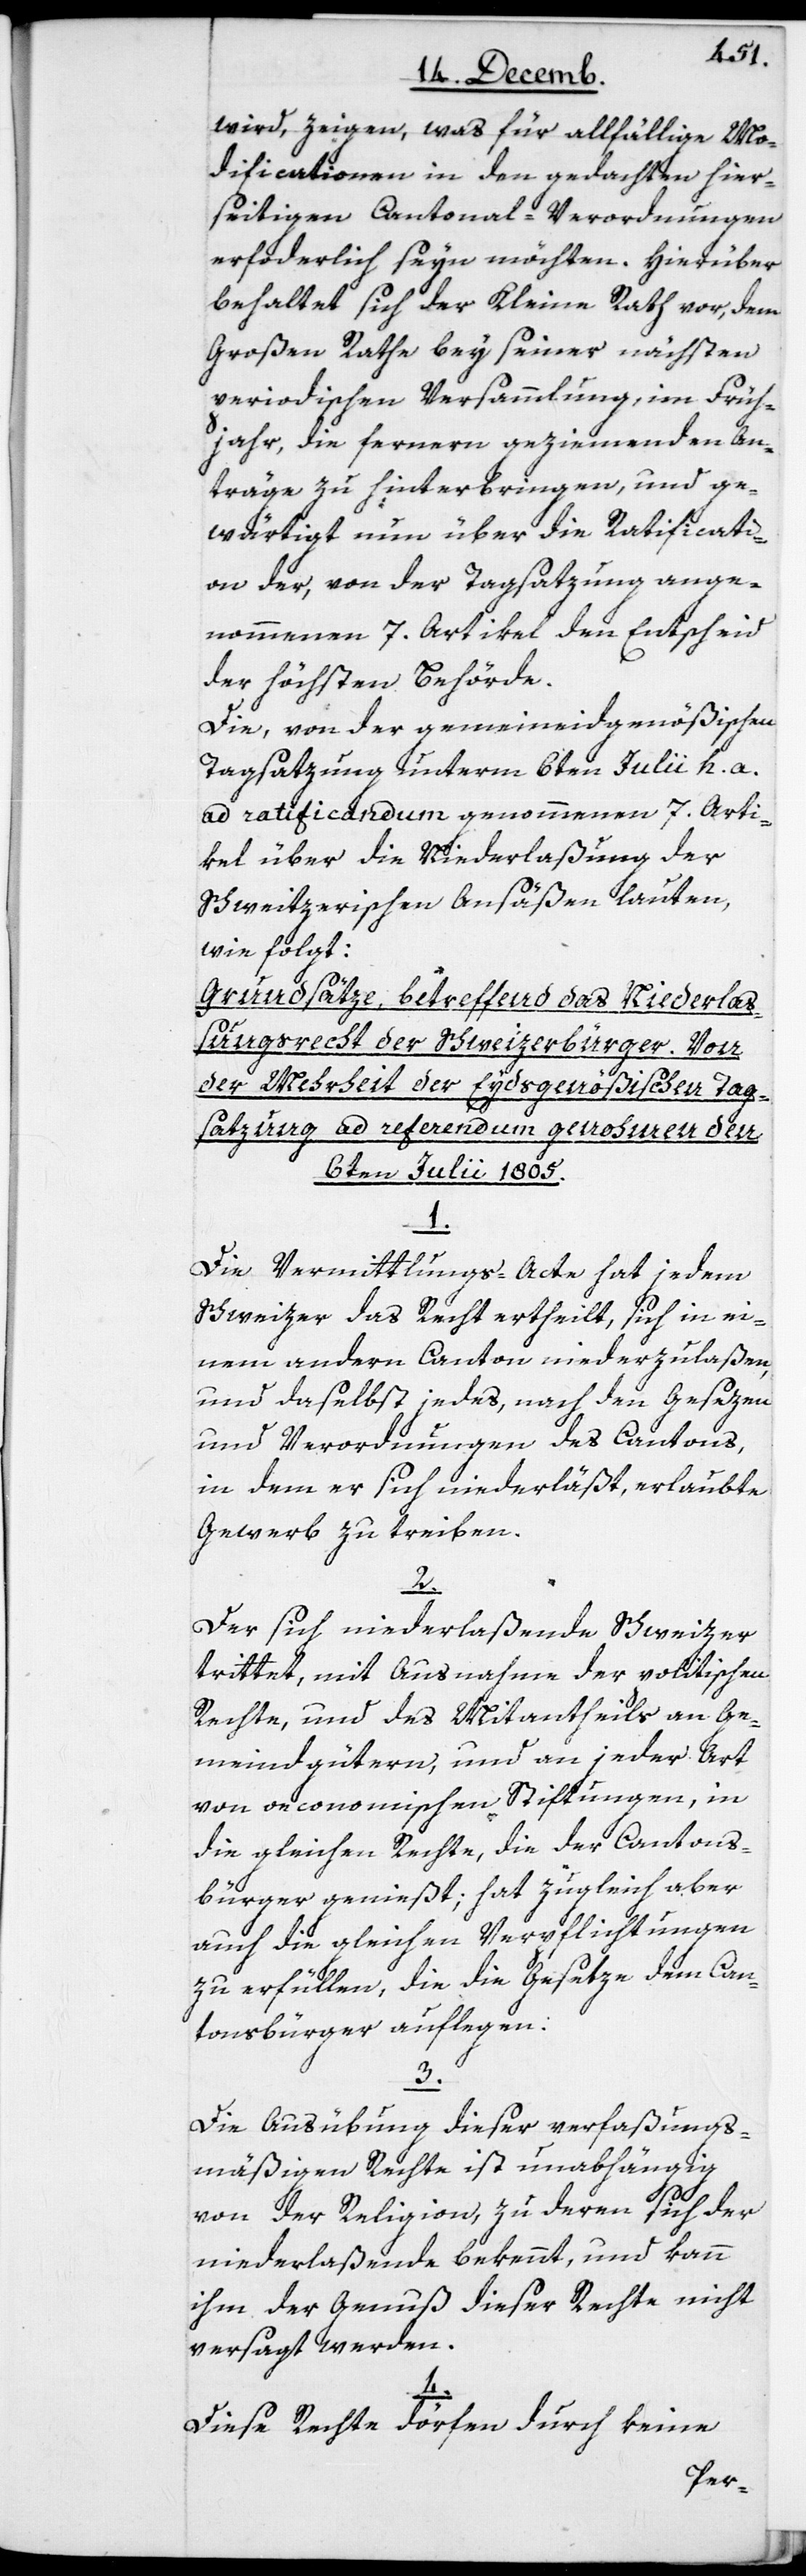
wird, zeigen, was für allfällige Mo¬
dificationen in den gedachten hier¬
seitigen Cantonal-Verordnungen
erforderlich seyn möchten. Hierüber
behaltet sich der Kleine Rath vor, dem
Großen Rathe bey seiner nächsten
periodischen Versammlung, im Früh¬
jahr, die fernern geziemenden An¬
träge zu hinterbringen, und ge¬
wärtigt nun über die Ratificati¬
on der, von der Tagsatzung ange¬
nommenen 7. Artikel den Entscheid
der höchsten Behörde.
Die, von der gemeineidgenößischen
Tagsatzung unterm 6ten Julii h. a.
ad ratificandum genommenen 7. Arti¬
kel über die Niederlaßung der
Schweizerischen Ansäßen lauten,
wie folgt:
Grundsätze, betreffend das Niederlaß¬
ungsrecht der Schweizerbürger. Von
der Mehrheit der Eydsgenößischen Tag¬
satzung ad referendum genohmen, den
6ten Julii 1805.
1.
Die Vermittlungs-Acte hat jedem
Schweizer das Recht ertheilt, sich in ei¬
nem andern Canton niederzulaßen,
und daselbst jedes, nach den Gesezen
und Verordnungen des Cantons,
in dem er sich niederläßt, erlaubte
Gewerb zu treiben.
2.
Der sich niederlaßende Schweizer
trittet, mit Ausnahme der politischen
Rechte und des Mitantheils an Ge¬
meindgütern und an jeder Art
von oeconomischen Stiftungen, in
die gleichen Rechte, die der Cantons¬
bürger genießt, hat zugleich aber
auch die gleichen Verpflichtungen
zu erfüllen, die die Gesetze dem Can¬
tonsbürger auflegen.
3.
Die Ausübung dieser verfaßungs¬
mäßigen Rechte ist unabhängig
von der Religion, zu deren sich der
niederlaßende bekennt, und kann
ihm der Genuß dieser Rechte nicht
versagt werden.
4.
Diese Rechte dörfen durch keine